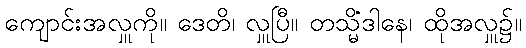
ကျောင်းအလှူကို။ ဒေတိ၊ လှူပြီ။ တသ္မိံဒါနေ၊ ထိုအလှူ၌။